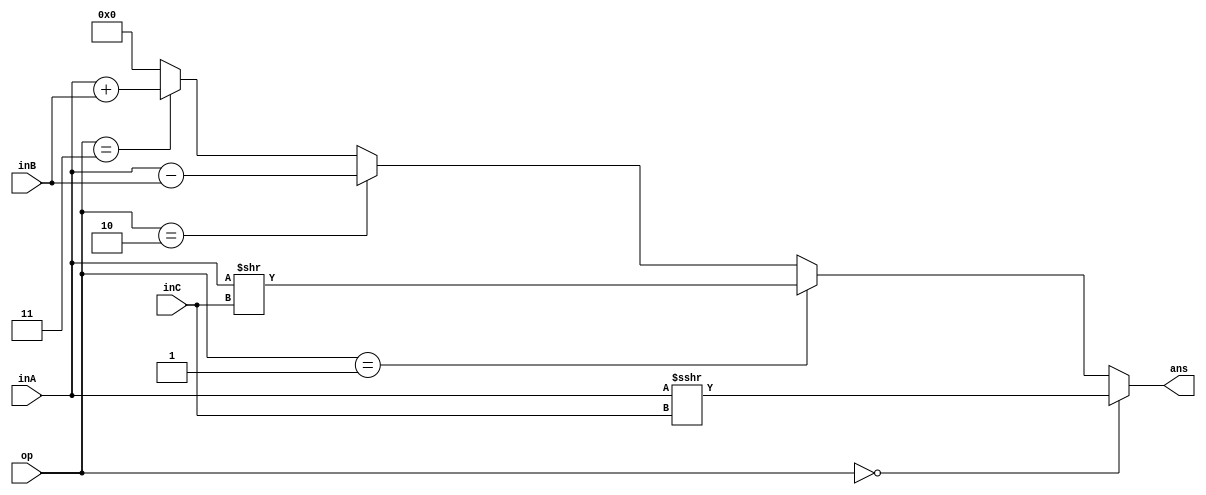
`timescale 1ns / 1ps
//////////////////////////////////////////////////////////////////////////////////
// Company: 
// Engineer: 
// 
// Design Name: 
// Module Name:    ALU 
// Project Name: 
// Target Devices: 
// Tool versions: 
// Description: 
//
// Dependencies: 
//
// Revision: 
// Revision 0.01 - File Created
// Additional Comments: 
//
//////////////////////////////////////////////////////////////////////////////////
module ALU(
    input [3:0] inA,
    input [3:0] inB,
	input [1:0] inC,
    input [1:0] op,
    output [3:0] ans
    );
	assign ans = (op==2'b00)? $signed($signed(inA) >>> inC) : 
				 (op==2'b01)? inA >> inC : 
				 (op==2'b10)? inA - inB : 
				 (op==2'b11)? inA + inB : 
				 4'b000;
endmodule